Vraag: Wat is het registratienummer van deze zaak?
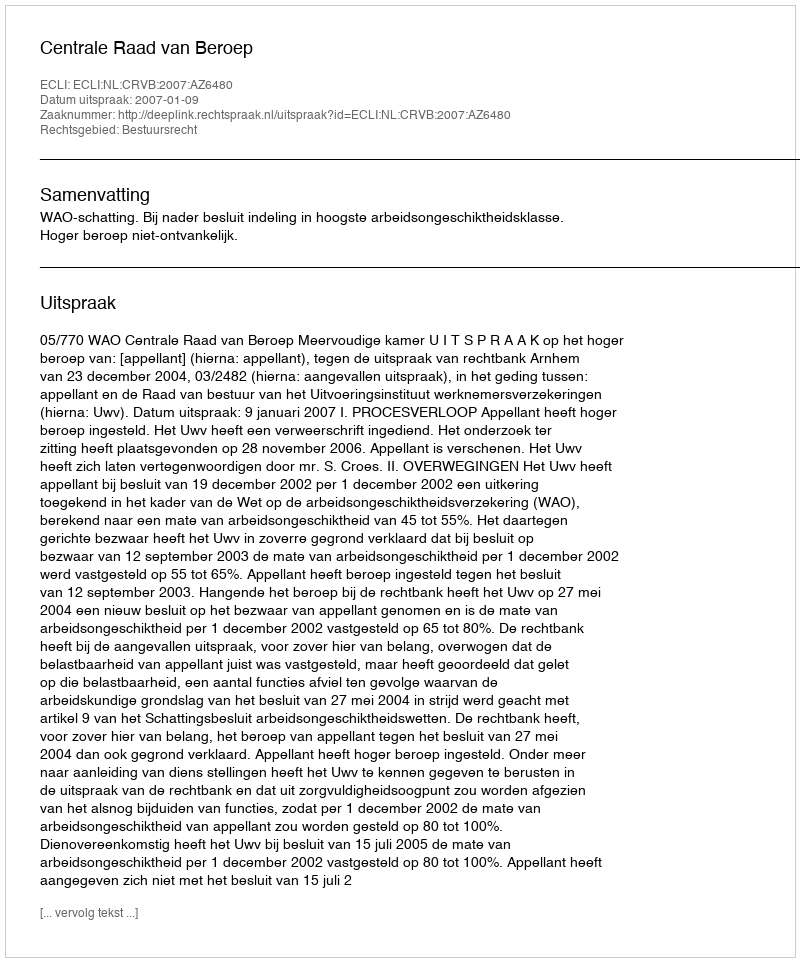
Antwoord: http://deeplink.rechtspraak.nl/uitspraak?id=ECLI:NL:CRVB:2007:AZ6480